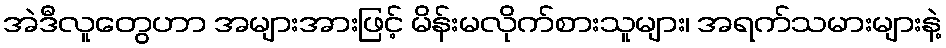
အဲဒီလူတွေဟာ အများအားဖြင့် မိန်းမလိုက်စားသူများ၊ အရက်သမားများနဲ့